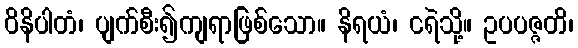
ဝိနိပါတံ၊ ပျက်စီး၍ကျရာဖြစ်သော။ နိရယံ၊ ငရဲသို့။ ဥပပဇ္ဇတိ၊